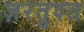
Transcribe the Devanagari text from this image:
ज़रतुश्त